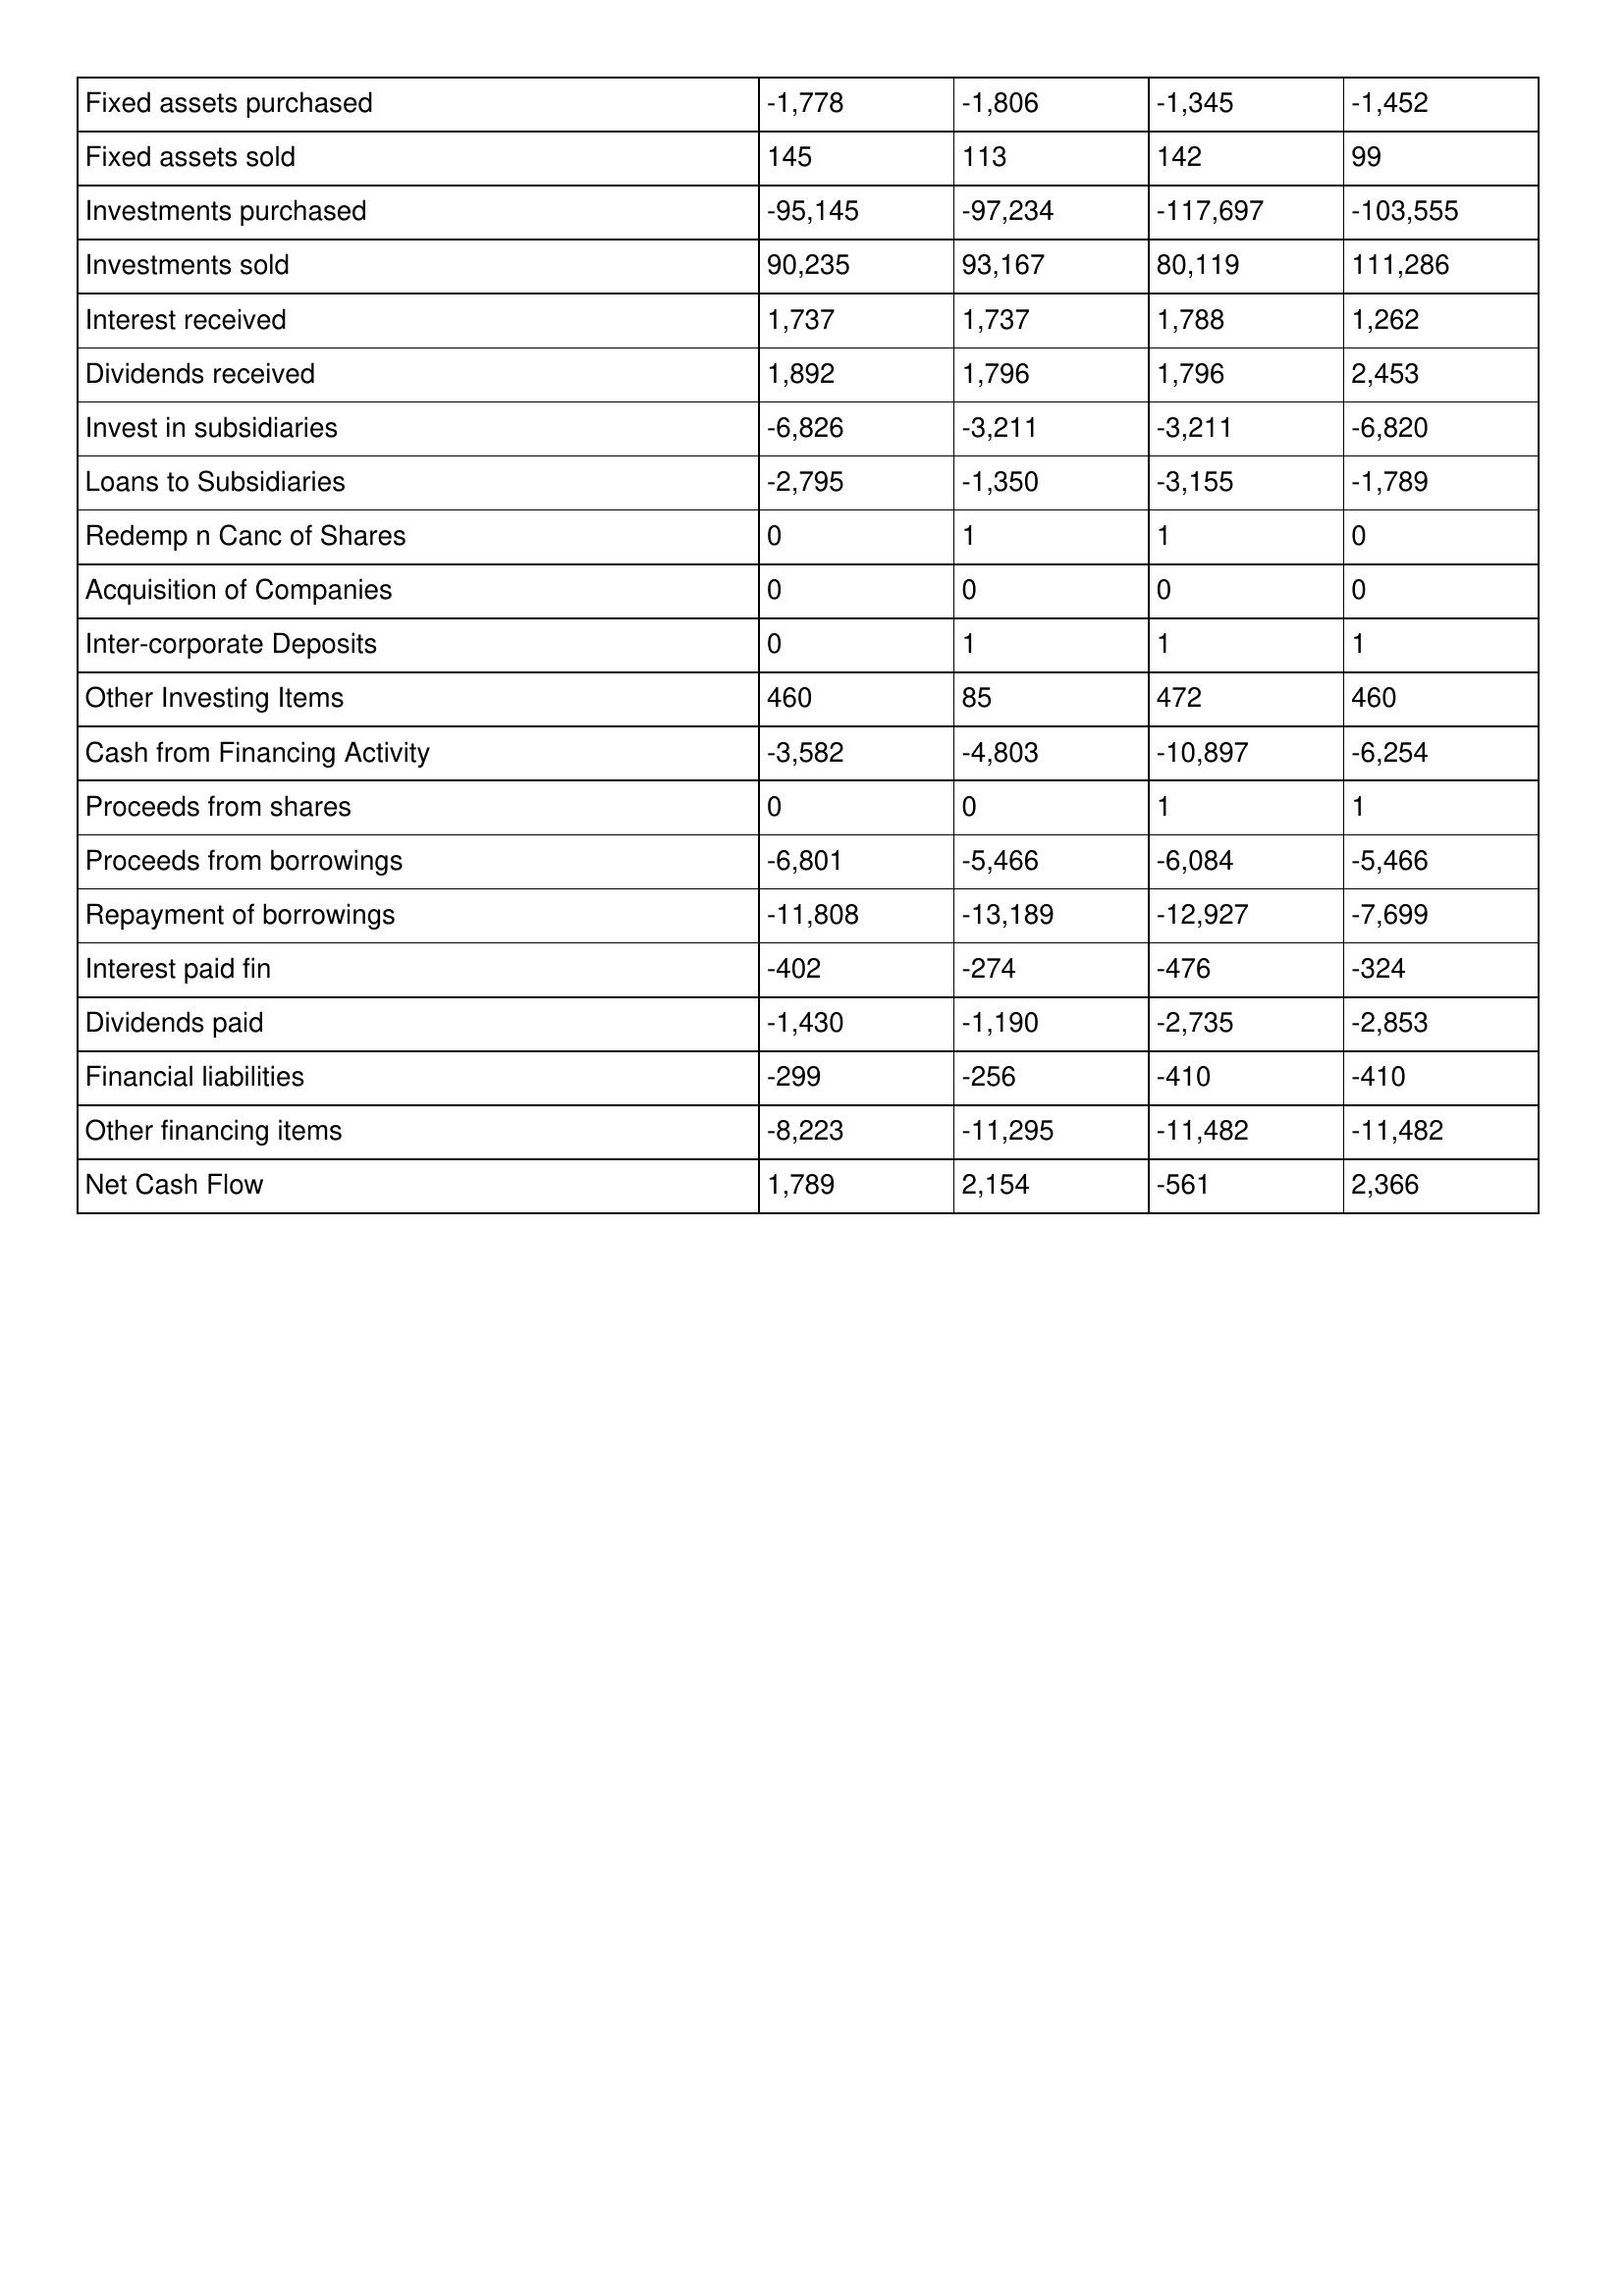
gt_parse: May-16: Cash Flows: Fixed assets purchased: -1,778
Fixed assets sold: 145
Investments purchased: -95,145
Investments sold: 90,235
Interest received: 1,737
Dividends received: 1,892
Invest in subsidiaries: -6,826
Loans to Subsidiaries: -2,795
Redemp n Canc of Shares: 0
Acquisition of Companies: 0
Inter-corporate Deposits: 0
Other Investing Items: 460
Cash from Financing Activity: -3,582
Proceeds from shares: 0
Proceeds from borrowings: -6,801
Repayment of borrowings: -11,808
Interest paid fin: -402
Dividends paid: -1,430
Financial liabilities: -299
Other financing items: -8,223
Net Cash Flow: 1,789
May-15: Cash Flows: Fixed assets purchased: -1,806
Fixed assets sold: 113
Investments purchased: -97,234
Investments sold: 93,167
Interest received: 1,737
Dividends received: 1,796
Invest in subsidiaries: -3,211
Loans to Subsidiaries: -1,350
Redemp n Canc of Shares: 1
Acquisition of Companies: 0
Inter-corporate Deposits: 1
Other Investing Items: 85
Cash from Financing Activity: -4,803
Proceeds from shares: 0
Proceeds from borrowings: -5,466
Repayment of borrowings: -13,189
Interest paid fin: -274
Dividends paid: -1,190
Financial liabilities: -256
Other financing items: -11,295
Net Cash Flow: 2,154
May-14: Cash Flows: Fixed assets purchased: -1,345
Fixed assets sold: 142
Investments purchased: -117,697
Investments sold: 80,119
Interest received: 1,788
Dividends received: 1,796
Invest in subsidiaries: -3,211
Loans to Subsidiaries: -3,155
Redemp n Canc of Shares: 1
Acquisition of Companies: 0
Inter-corporate Deposits: 1
Other Investing Items: 472
Cash from Financing Activity: -10,897
Proceeds from shares: 1
Proceeds from borrowings: -6,084
Repayment of borrowings: -12,927
Interest paid fin: -476
Dividends paid: -2,735
Financial liabilities: -410
Other financing items: -11,482
Net Cash Flow: -561
May-13: Cash Flows: Fixed assets purchased: -1,452
Fixed assets sold: 99
Investments purchased: -103,555
Investments sold: 111,286
Interest received: 1,262
Dividends received: 2,453
Invest in subsidiaries: -6,820
Loans to Subsidiaries: -1,789
Redemp n Canc of Shares: 0
Acquisition of Companies: 0
Inter-corporate Deposits: 1
Other Investing Items: 460
Cash from Financing Activity: -6,254
Proceeds from shares: 1
Proceeds from borrowings: -5,466
Repayment of borrowings: -7,699
Interest paid fin: -324
Dividends paid: -2,853
Financial liabilities: -410
Other financing items: -11,482
Net Cash Flow: 2,366